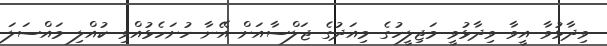
ވިދާޅުވާ އީވާ ވިދާޅުވީ މަޖިލީހުގެ މިއަދުގެ ޖަލްސާއަށް އޭނާ ހުށަހެޅުއްވި ކުއްލި މައްސަލަ